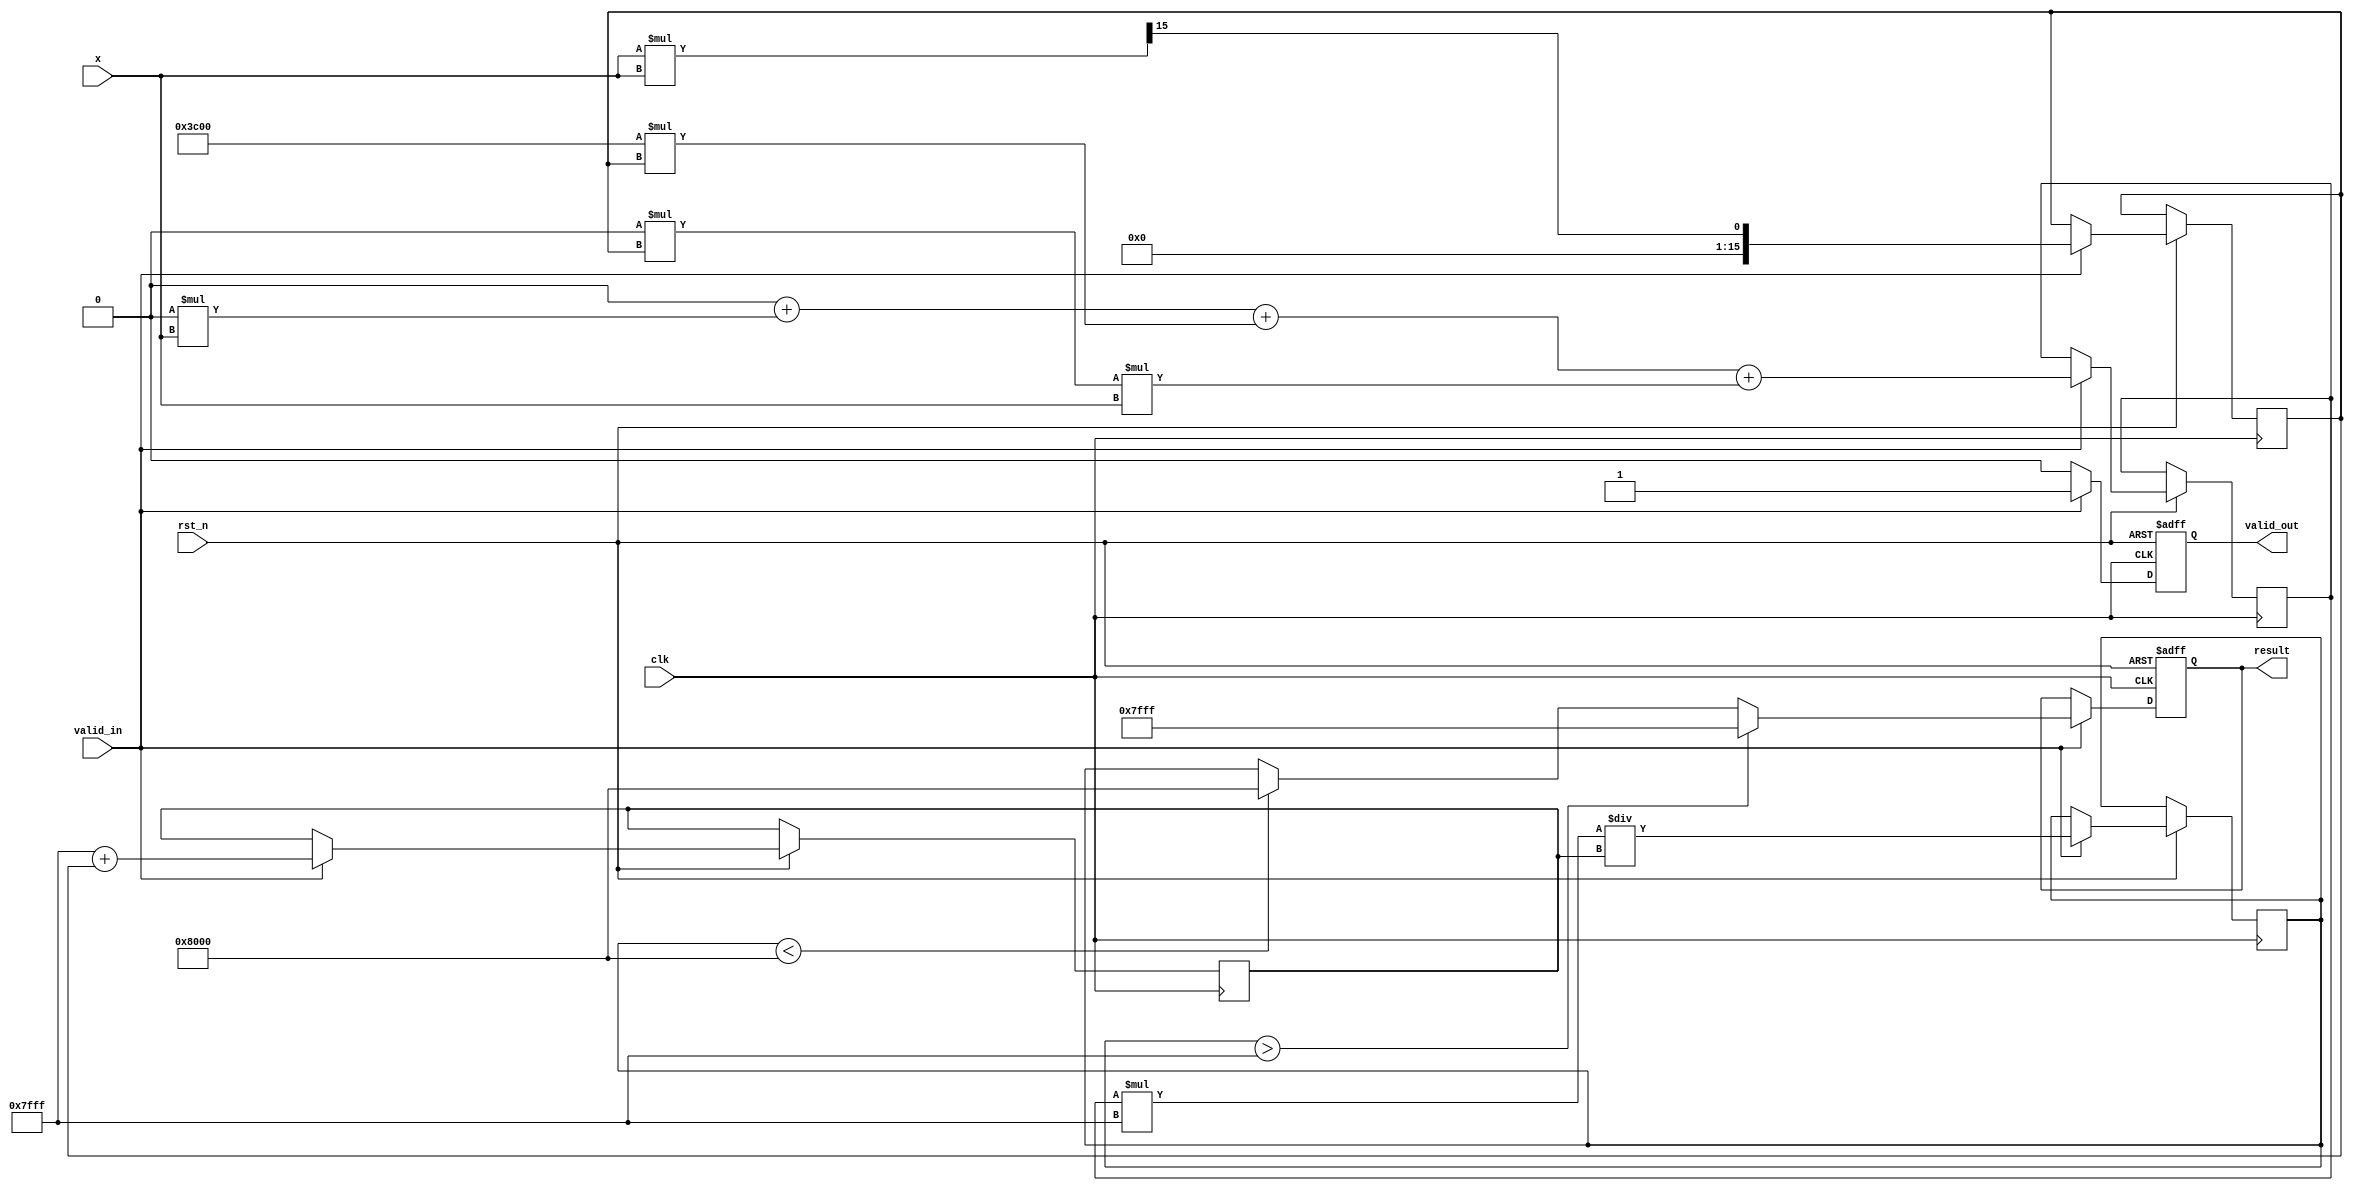
module Tanh_Arithmetic_Block(
    input  wire clk,
    input  wire rst_n,
    input  wire [15:0] x,          // Input: Fixed-point representation of x
    input  wire valid_in,           // Input: Valid signal
    output reg  [15:0] result,      // Output: Fixed-point representation of tanh(x)
    output reg  valid_out           // Output: Output valid signal
);

    parameter BIT_WIDTH = 16;
    parameter MAX_OUTPUT = 16'h7FFF; // +1 in fixed-point representation
    parameter MIN_OUTPUT = 16'h8000; // -1 in fixed-point representation

    // Approximation coefficients for tanh using a polynomial (can be adjusted)
    reg [15:0] a3 = 16'h0000; // Coefficient for x^3
    reg [15:0] a2 = 16'h3C00; // Coefficient for x^2 (0.25 in fixed-point)
    reg [15:0] a1 = 16'h0000; // Coefficient for x^1
    reg [15:0] a0 = 16'h0000; // Coefficient for constant term

    reg [15:0] x_squared;
    reg [15:0] numerator;
    reg [15:0] denominator;
    reg [15:0] approx;

    always @(posedge clk or negedge rst_n) begin
        if (!rst_n) begin
            result <= 0;
            valid_out <= 0;
        end else if (valid_in) begin
            // Step 1: Calculate x^2
            x_squared <= (x * x) >> (BIT_WIDTH - 1); // x^2
            
            // Step 2: Calculate numerator (a0 + a1*x + a2*x^2 + a3*x^3)
            numerator <= a0 + (a1 * x) + (a2 * x_squared) + (a3 * x_squared * x);

            // Step 3: Calculate denominator (1 + x^2)
            denominator <= MAX_OUTPUT + x_squared; // 1 in fixed-point representation
            
            // Step 4: Compute tanh approximation
            approx <= (numerator * MAX_OUTPUT) / denominator; // scale for fixed-point

            // Step 5: Clamping the output to [-1, 1]
            if (approx > MAX_OUTPUT) begin
                result <= MAX_OUTPUT; // Clamp to 1
            end else if (approx < MIN_OUTPUT) begin
                result <= MIN_OUTPUT; // Clamp to -1
            end else begin
                result <= approx;
            end

            valid_out <= 1'b1; // Signal that output is valid
        end else begin
            valid_out <= 1'b0; // Output not valid
        end
    end

endmodule